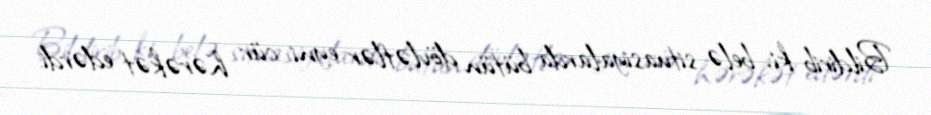
Bildirib ki, belə situasiyalarda bütün dövlətlər eyni cür hərəkət edərdi: